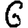
Digit: 6